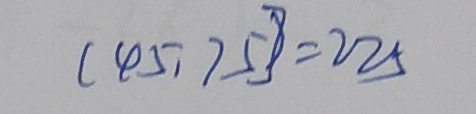
( 4 5 , 7 5 ) = 2 2 5